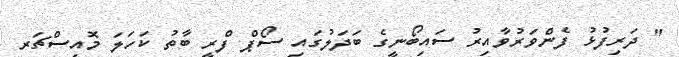
" ދަރިފުޅު ފެންވަރުވާއިރު ސައިބޯނީގެ ބަދަލުގައި ސޯޕް ފްރީ ބާތު ކަހަލަ މޮއިސްޗަރ